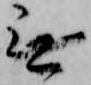
無